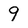
Character: 9